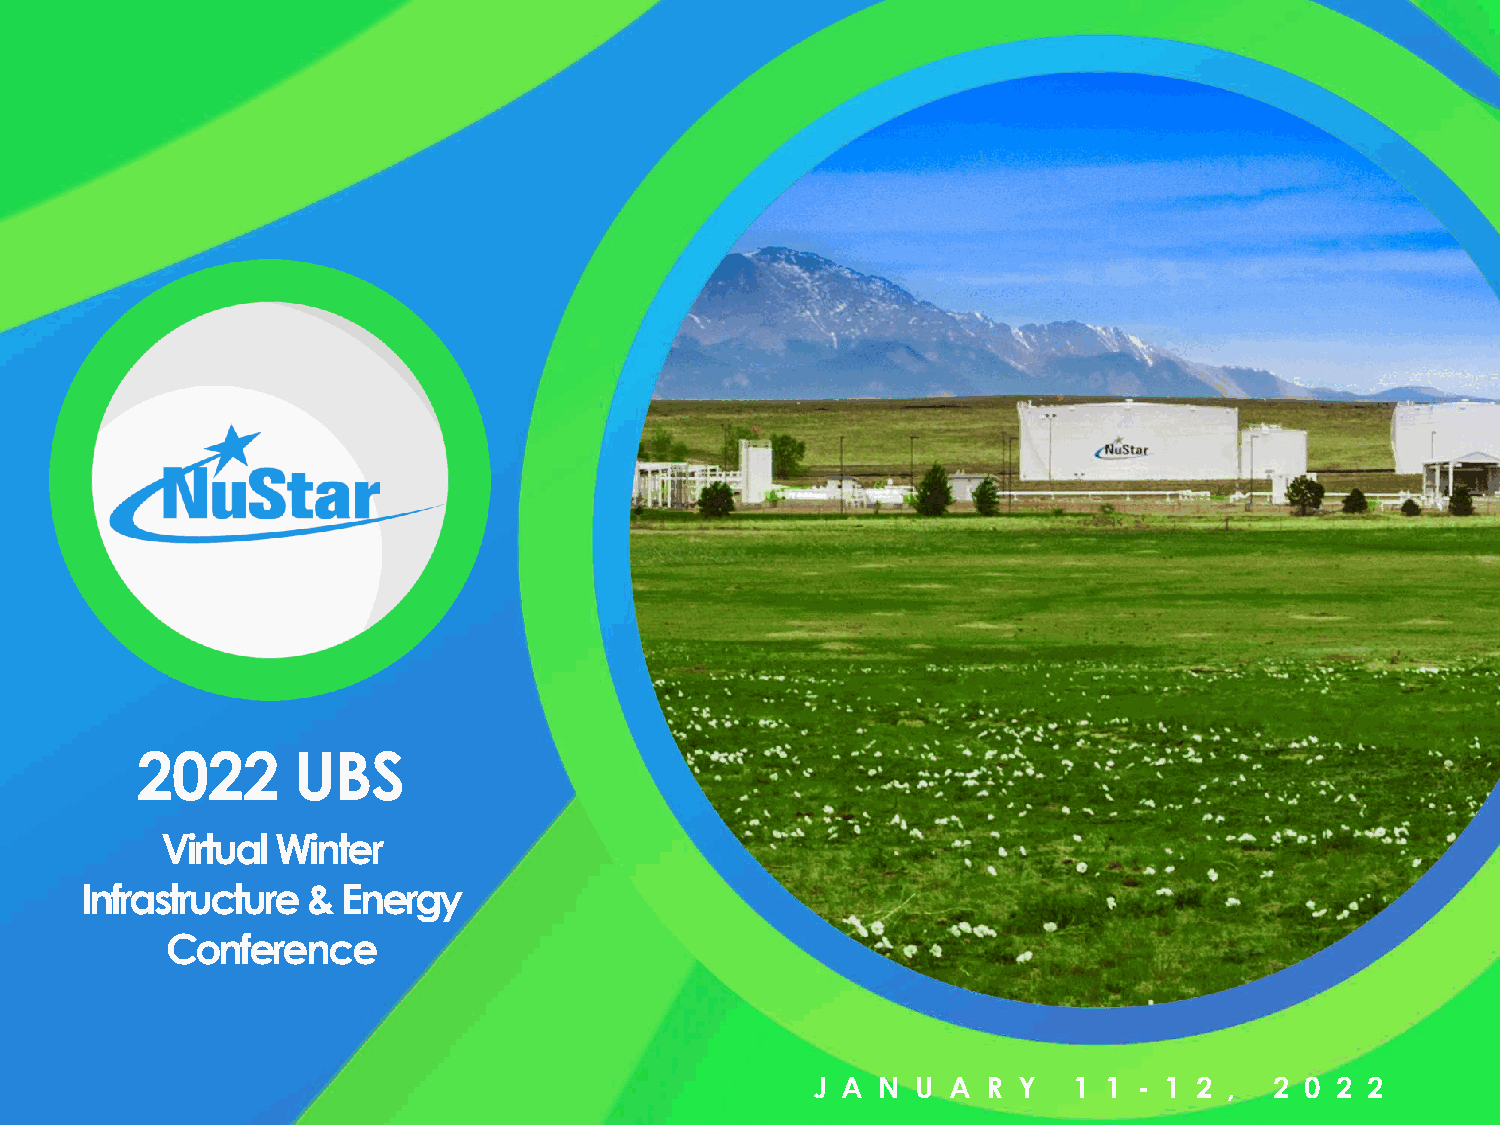
2022      UBS
 Virtual Winter
 Infrastructure &  Energy
 Conference
 J A N  U A R Y   1 1 - 1 2 ,  2 0 2  2